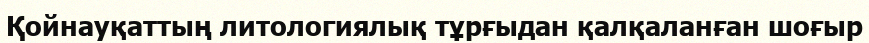
Қойнауқаттың литологиялық тұрғыдан қалқаланған шоғыр